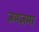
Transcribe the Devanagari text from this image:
ज़मज़मा